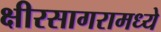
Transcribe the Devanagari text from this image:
क्षीरसागरामध्ये